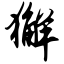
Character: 獬